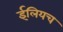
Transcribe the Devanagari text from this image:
ईलियच